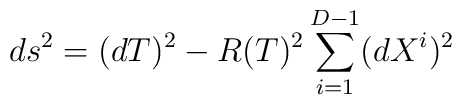
ds^2 = (dT)^2 - R(T)^2 \sum_{i=1}^{D-1}(dX^i)^2